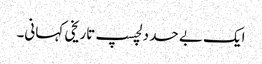
ایک بے حد دلچسپ تاریخی کہانی۔